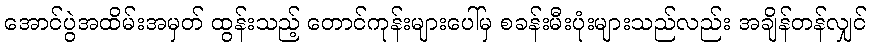
အောင်ပွဲအထိမ်းအမှတ် ထွန်းသည့် တောင်ကုန်းများပေါ်မှ စခန်းမီးပုံးများသည်လည်း အချိန်တန်လျှင်